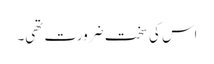
اس کی سخت ضرورت تھی۔